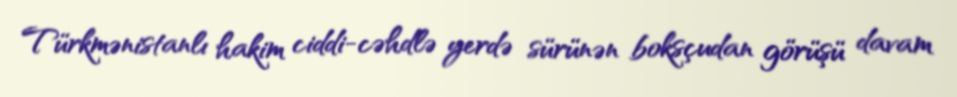
Türkmənistanlı hakim ciddi-cəhdlə yerdə sürünən boksçudan görüşü davam